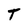
Character: T